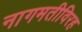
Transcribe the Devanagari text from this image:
नागमतीविरह